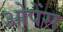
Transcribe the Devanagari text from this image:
ओपेंस